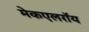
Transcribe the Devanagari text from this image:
मेकएलरॉय